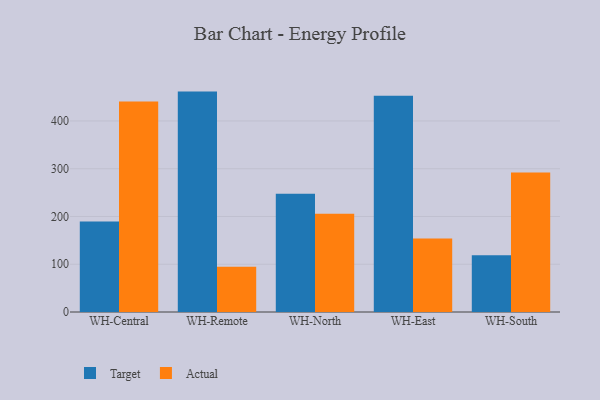
{"axis": {"x": "Warehouse", "y": "Page Views"}, "legend": ["Actual", "Target"], "data": [{"x": "WH-Central", "y": 189.4, "type": "Target"}, {"x": "WH-Central", "y": 440.5, "type": "Actual"}, {"x": "WH-Remote", "y": 461.4, "type": "Target"}, {"x": "WH-Remote", "y": 94.6, "type": "Actual"}, {"x": "WH-North", "y": 247.8, "type": "Target"}, {"x": "WH-North", "y": 205.7, "type": "Actual"}, {"x": "WH-East", "y": 452.7, "type": "Target"}, {"x": "WH-East", "y": 153.7, "type": "Actual"}, {"x": "WH-South", "y": 118.9, "type": "Target"}, {"x": "WH-South", "y": 291.8, "type": "Actual"}]}